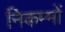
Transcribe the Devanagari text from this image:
निकम्मों